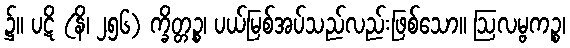
၌။ ပဋိ (နိ၊ ၂၅၆) က္ခိတ္တဉ္စ၊ ပယ်မြစ်အပ်သည်လည်းဖြစ်သော။ ဩလမ္ဗကဉ္စ၊